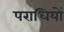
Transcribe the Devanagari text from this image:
पराधियों